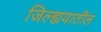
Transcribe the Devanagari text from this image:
जिल्ह्ययातील